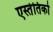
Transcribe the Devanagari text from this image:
एस्तेतिको